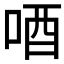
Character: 唒